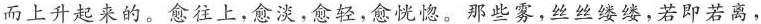
而上升起来的。愈往上，愈淡，愈轻，愈恍惚。那些雾.丝丝缕缕,若即若离，